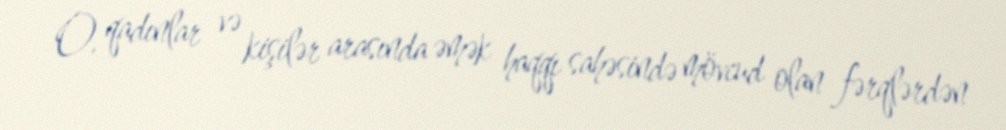
O, qadınlar və kişilər arasında əmək haqqı sahəsində mövcud olan fərqlərdən